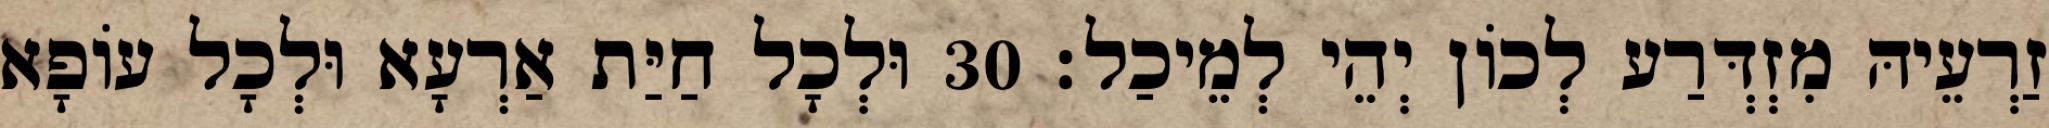
זַרְעֵיהּ מִזְדְּרַע לְכוֹן יְהֵי לְמֵיכַל׃ 30 וּלְכָל חַיַּת אַרְעָא וּלְכָל עוֹפָא